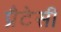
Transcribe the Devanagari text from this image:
प्रैटेसी